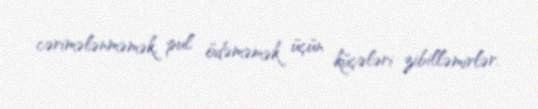
cərimələnməmək, pul ödəməmək üçün küçələri zibilləmirlər.